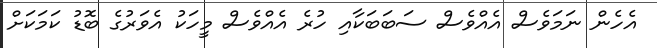
އެހެން ނަމަވެސް އެއްވެސް ސަބަބަކާއި ހުރެ އެއްވެސް މީހަކު އެވަރުގެ ބޮޑު ކަމަކަށް